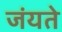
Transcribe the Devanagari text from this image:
जंयते